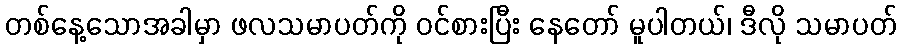
တစ်နေ့သောအခါမှာ ဖလသမာပတ်ကို ဝင်စားပြီး နေတော် မူပါတယ်၊ ဒီလို သမာပတ်